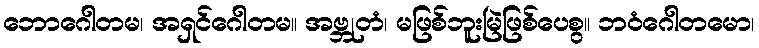
ဘောဂေါတမ၊ အရှင်ဂေါတမ။ အဗ္ဘုတံ၊ မဖြစ်ဘူးမြဲဖြစ်ပေစွ။ ဘဝံဂေါတမော၊